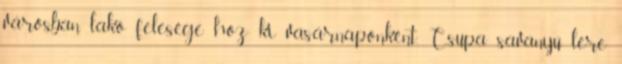
városban lakó felesége hoz ki vasárnaponként. Csupa savanyú lére